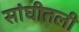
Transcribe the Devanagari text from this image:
सांघीतली